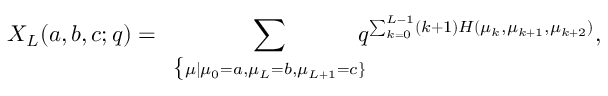
X _ { L } ( a , b , c ; q ) = \displaystyle \sum _ { \begin{array} { c } { { \{ \scriptstyle \mu | { \mu _ { 0 } = a , \mu _ { L } = b , \mu _ { L + 1 } = c } \} } } \end{array} } \! \! \! \! \! \! q ^ { \sum _ { k = 0 } ^ { L - 1 } ( k + 1 ) H ( \mu _ { k } , \mu _ { k + 1 } , \mu _ { k + 2 } ) } ,